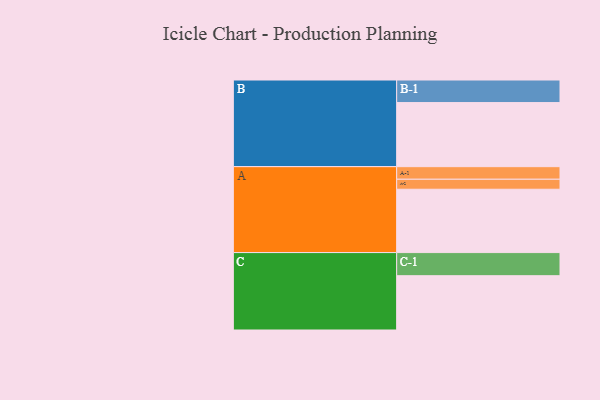
{"axis": {"x": "Segment", "y": "Value"}, "legend": ["", "A", "B", "C"], "data": [{"x": "A", "y": 589, "type": ""}, {"x": "B", "y": 596, "type": ""}, {"x": "C", "y": 505, "type": ""}, {"x": "A-1", "y": 117, "type": "A"}, {"x": "A-2", "y": 93, "type": "A"}, {"x": "B-1", "y": 210, "type": "B"}, {"x": "C-1", "y": 215, "type": "C"}]}